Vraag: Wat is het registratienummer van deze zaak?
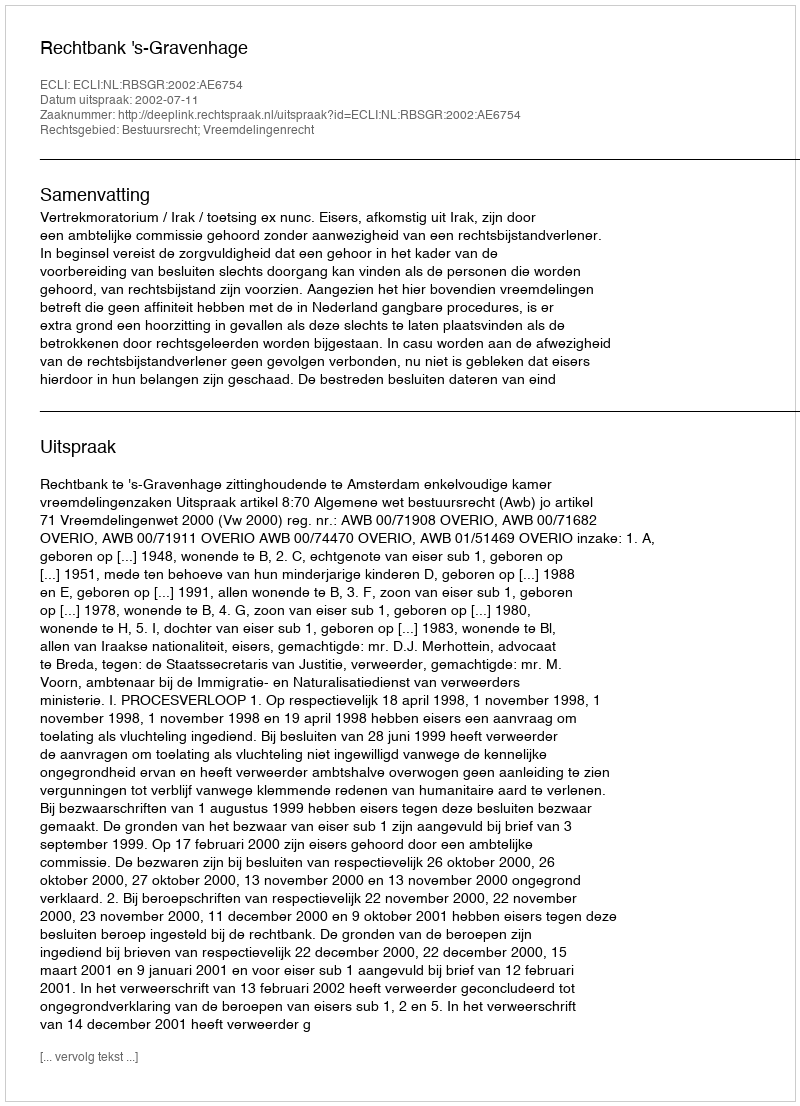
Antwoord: http://deeplink.rechtspraak.nl/uitspraak?id=ECLI:NL:RBSGR:2002:AE6754